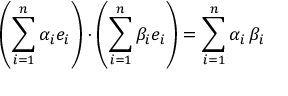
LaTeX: \left( \sum _ { i = 1 } ^ { n } \alpha _ { i } e _ { i } \right) \cdot \left( \sum _ { i = 1 } ^ { n } \beta _ { i } e _ { i } \right) = \sum _ { i = 1 } ^ { n } \alpha _ { i } \, \beta _ { i }